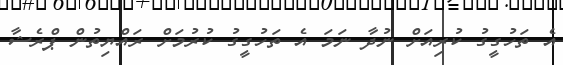
އެ ތަހުގީގު ކުރިއަށް ނުދާ ނަމަ އެ ތަހުގީގު ކުރުމަށް ރައްޔިތުން ޕްރެޝާ